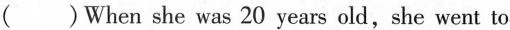
( )When she was 20 years old,she went to